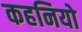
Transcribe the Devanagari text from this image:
कहनियो